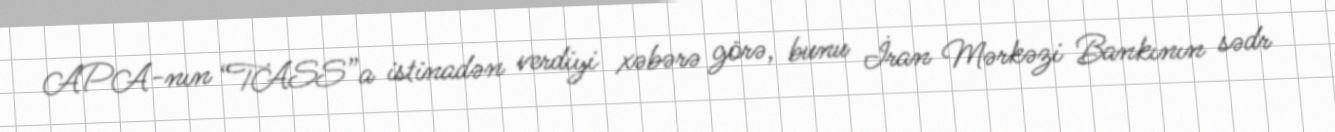
APA-nın “TASS”a istinadən verdiyi xəbərə görə, bunu İran Mərkəzi Bankının sədr